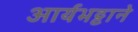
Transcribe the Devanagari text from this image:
आर्यभट्टाने